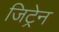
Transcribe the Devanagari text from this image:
जिट्रेन